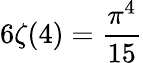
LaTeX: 6\zeta(4)={\frac{\pi^{4}}{15}}